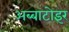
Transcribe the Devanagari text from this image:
अब्बाटोइर